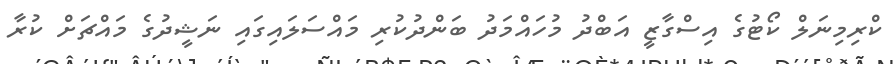
ކްރިމިނަލް ކޯޓުގެ އިސްގާޒީ އަބްދު މުހައްމަދު ބަންދުކުރި މައްސަލައިގައި ނަޝީދުގެ މައްޗަށް ކުރާ